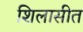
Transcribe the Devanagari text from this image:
शिलासीत